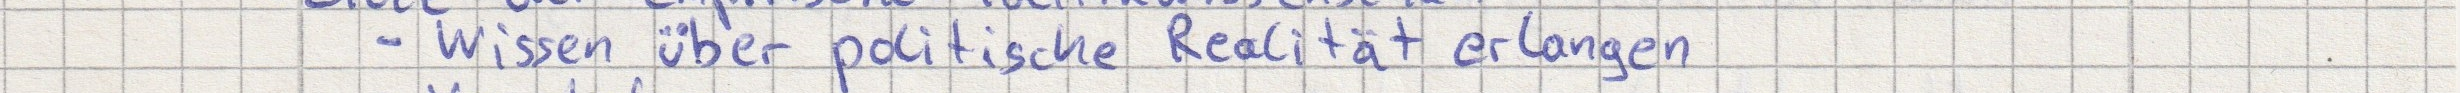
- Wissen über politische Realität erlangen